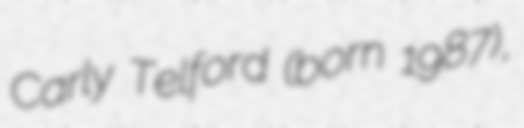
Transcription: Carly Telford (born 1987),